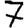
Digit: 7